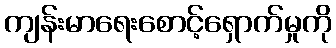
ကျန်းမာရေးစောင့်ရှောက်မှုကို